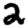
Digit: 2